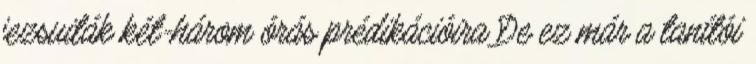
jezsuiták két-három órás prédikációira De ez már a tanítói